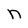
Character: n